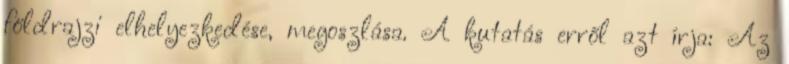
földrajzi elhelyezkedése, megoszlása. A kutatás erről azt írja: Az